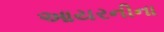
આયરનીના